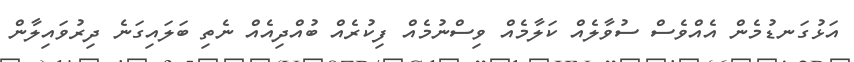
އަޅުގަނޑުމެން އެއްވެސް ސުވާލެއް ކަލާމެއް ވިސްނުމެއް ފިކުރެއް ބުއްދިއެއް ނެތި ބަލައިގަނެ ދިރުވައިލާން